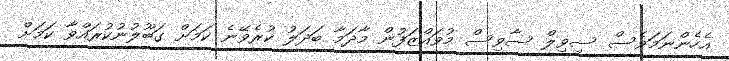
އެހެންނަމަވެސް ސިވިލް ސާވިސް މުވައްޒަފުން މާދަމާ ބަދަލު ކުރެވޭނެ ކަަމަށް ގަބޫލުނުކުރައްވާ ކަމަށް